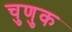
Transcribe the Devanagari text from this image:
चुणुक